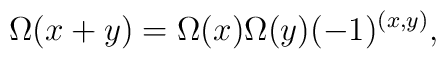
\Omega (x +y ) = \Omega(x) \Omega(y) (-1)^{(x,y)},